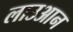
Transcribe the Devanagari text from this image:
लाउआन